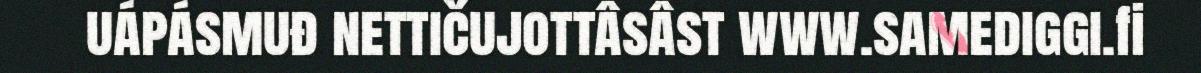
uápásmuđ nettičujottâsâst www.samediggi.fi